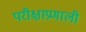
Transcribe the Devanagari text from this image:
परीक्षाप्रणाली